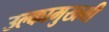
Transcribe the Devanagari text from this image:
उल्कामुखभी